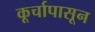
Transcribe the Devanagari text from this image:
कूर्चापासून